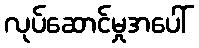
လုပ်ဆောင်မှုအပေါ်